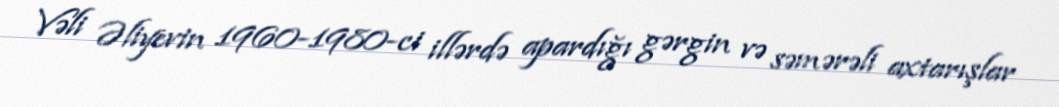
Vəli Əliyevin 1960-1980-ci illərdə apardığı gərgin və səmərəli axtarışlar